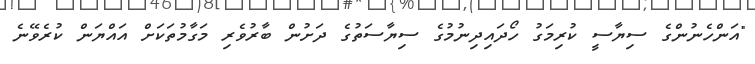
"އަންހެނުންގެ ސިޔާސީ ކުރިމަގު ހޯދައިދިނުމުގެ ސިޔާސަތުގެ ދަށުން ބާރުވެރި މަގާމުތަކަށް އައްޔަން ކުރެވޭނެ